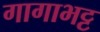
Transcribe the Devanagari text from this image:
गागाभट्ट